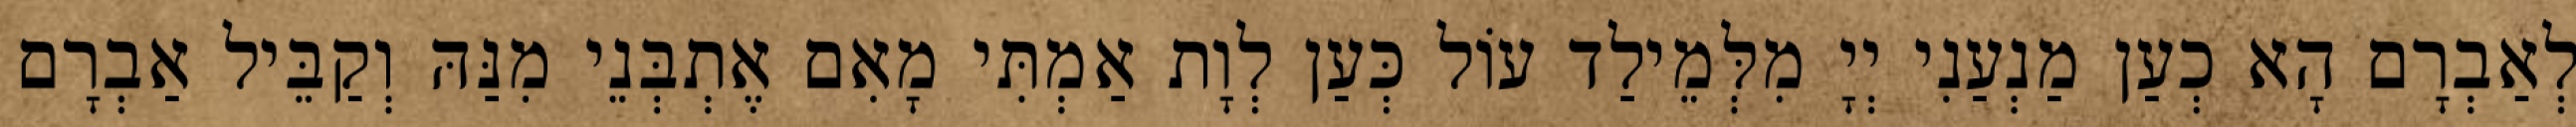
לְאַבְרָם הָא כְעַן מַנְעַנִי יְיָ מִלְּמֵילַד עוֹל כְּעַן לְוָת אַמְתִּי מָאִם אֶתְבְּנֵי מִנַּהּ וְקַבֵּיל אַבְרָם